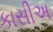
કાસીઅ